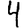
Digit: 4